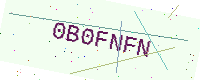
Text: 0B0FNFN